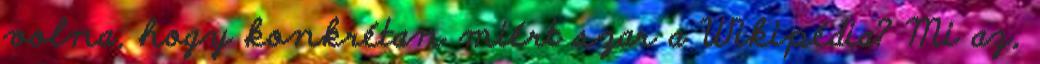
volna, hogy konkrétan miért szar a Wikipédia? Mi az,